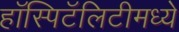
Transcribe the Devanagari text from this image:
हॉस्पिटॅलिटीमध्ये